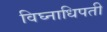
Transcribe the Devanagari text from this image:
विघ्नाधिपती